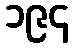
၁၉၄